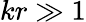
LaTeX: kr\gg 1